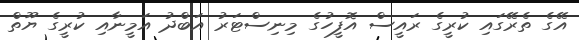
އޭގެ ތެރޭގައި ކުރީގެ ރައީސް އޮފީހުގެ މިނިސްޓަރު އަބްދު އަމީނާއި ކުރީގެ ޔޫތް